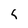
Character: Q